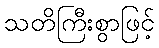
သတိကြီးစွာဖြင့်